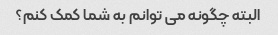
البته چگونه می توانم به شما کمک کنم؟